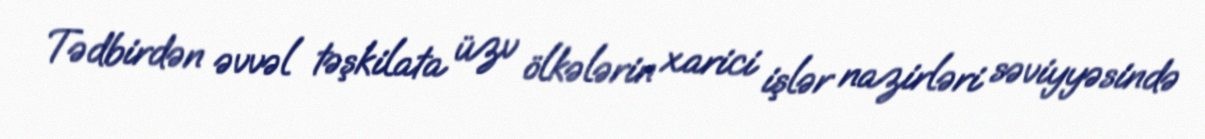
Tədbirdən əvvəl təşkilata üzv ölkələrin xarici işlər nazirləri səviyyəsində